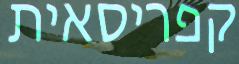
קפריסאית